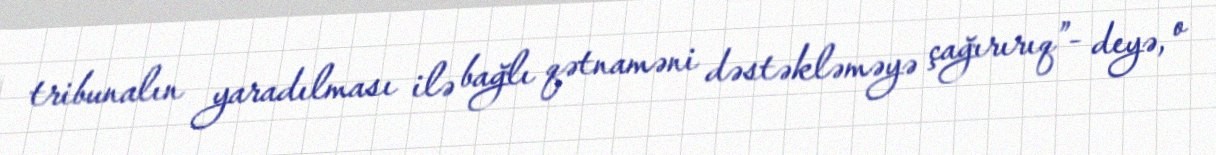
tribunalın yaradılması ilə bağlı qətnaməni dəstəkləməyə çağırırıq”- deyə, o